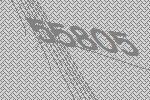
55805